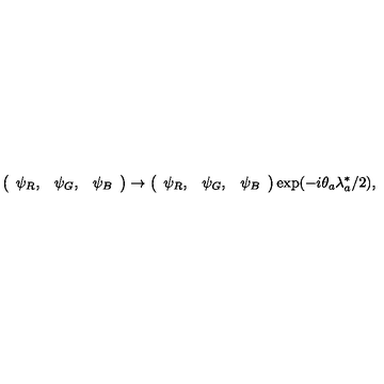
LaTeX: \left( \begin{array} { c c c } { \psi _ { R } , } & { \psi _ { G } , } & { \psi _ { B } } \\ \end{array} \right) \rightarrow \left( \begin{array} { c c c } { \psi _ { R } , } & { \psi _ { G } , } & { \psi _ { B } } \\ \end{array} \right) \exp ( - i \theta _ { a } \lambda _ { a } ^ { * } / 2 ) ,